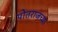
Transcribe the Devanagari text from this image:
पोतराजच्या